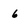
Character: 6